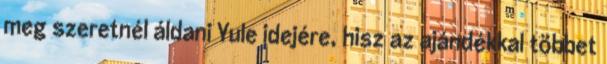
meg szeretnél áldani Yule idejére, hisz az ajándékkal többet